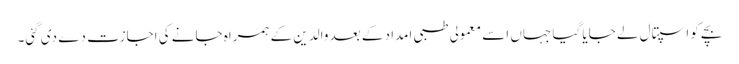
بچے کو اسپتال لے جایا گیا جہاں اسے معمولی طبی امداد کے بعد والدین کے ہمراہ جانے کی اجازت دے دی گئی۔